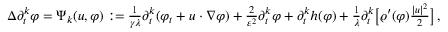
\begin{array} { r } { \Delta \partial _ { t } ^ { k } \varphi = \Psi _ { k } ( u , \varphi ) : = \frac { 1 } { \gamma \lambda } \partial _ { t } ^ { k } ( \varphi _ { t } + u \cdot \nabla \varphi ) + \frac { 2 } { \varepsilon ^ { 2 } } \partial _ { t } ^ { k } \varphi + \partial _ { t } ^ { k } h ( \varphi ) + \frac { 1 } { \lambda } \partial _ { t } ^ { k } \big [ \varrho ^ { \prime } ( \varphi ) \frac { | u | ^ { 2 } } { 2 } \big ] \, , } \end{array}